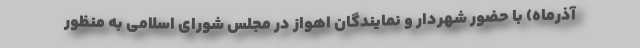
آذرماه) با حضور شهردار و نمايندگان اهواز در مجلس شوراي اسلامي به منظور